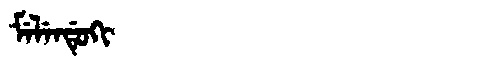
Manchu: ᠮᡝᠯᡝᠨᡩᡠᡴᡳ
Romanization: MELENDUKI